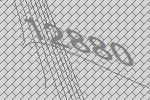
12880